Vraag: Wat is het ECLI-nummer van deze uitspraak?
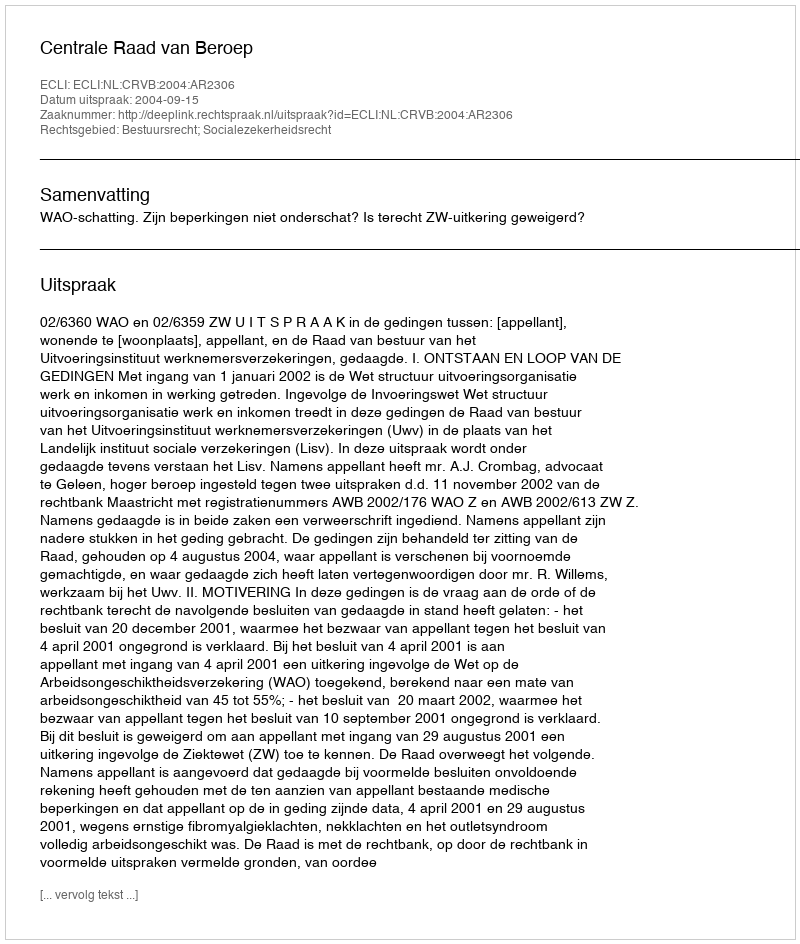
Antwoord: ECLI:NL:CRVB:2004:AR2306